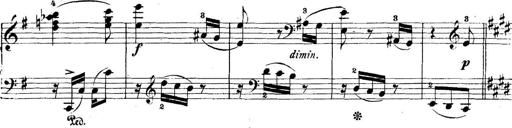
Title: 5 Sonatinas
Composer: Theodor Kirchner